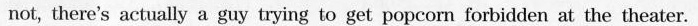
not, there's actually a guy trying to get popcorn forbidden at the theater.